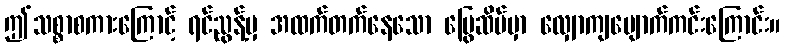
ဤသစ္စာစကားကြောင့် ရင်ညွန့်မှ အထက်တက်နေသော မြွေဆိပ်မှာ လျှောကျပျောက်ကင်းကြောင်း။